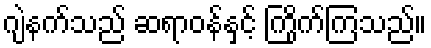
ဂျဲနက်သည် ဆရာဝန်နှင့် ကြိုက်ကြသည်။